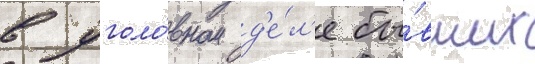
в уголо́вном д'е́л'е бы́вших